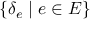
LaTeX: \{ \delta _ { e } \mid e \in E \}